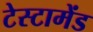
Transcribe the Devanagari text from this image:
टेस्टामेंड